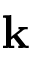
\mathbf { k }